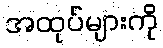
အထုပ်များကို